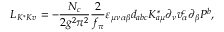
{ \cal L } _ { K ^ { * } K v } = - \frac { N _ { c } } { 2 g ^ { 2 } \pi ^ { 2 } } { \frac { 2 } { f _ { \pi } } } \varepsilon _ { \mu \nu \alpha \beta } d _ { a b c } K _ { a \mu } ^ { * } \partial _ { \nu } v _ { \alpha } ^ { c } \partial _ { \beta } P ^ { b } ,